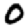
Digit: 0